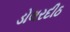
ડોલરદીઠ